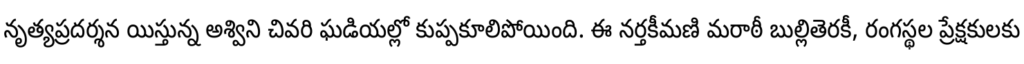
నృత్యప్రదర్శన యిస్తున్న అశ్విని చివరి ఘడియల్లో కుప్పకూలిపోయింది. ఈ నర్తకీమణి మరాఠీ బుల్లితెరకీ, రంగస్థల ప్రేక్షకులకు